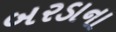
બરડાના